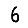
Digit: 6